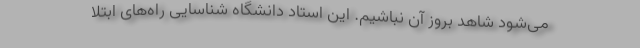
می‌شود شاهد بروز آن نباشیم. این استاد دانشگاه شناسایی راه‌های ابتلا